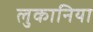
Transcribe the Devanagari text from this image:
लुकानिया